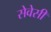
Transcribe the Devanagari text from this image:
सेवेसी